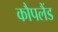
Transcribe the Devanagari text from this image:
कौपलैंड